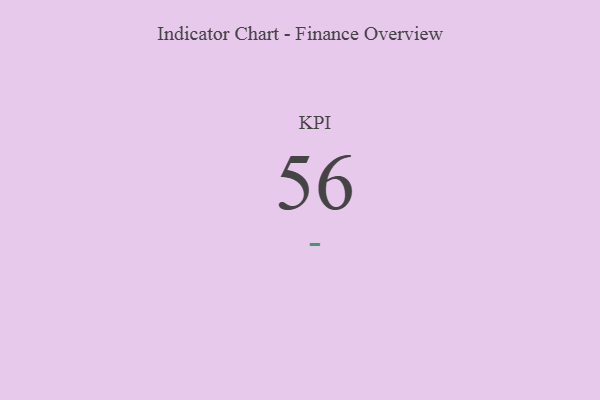
{"axis": {"x": "KPI", "y": "Value"}, "legend": [""], "data": [{"x": "KPI", "y": 56, "type": ""}]}